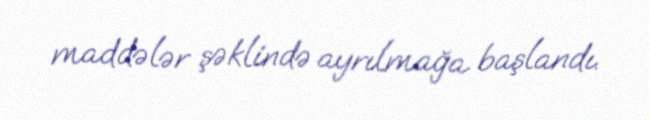
maddələr şəklində ayrılmağa başlandı.